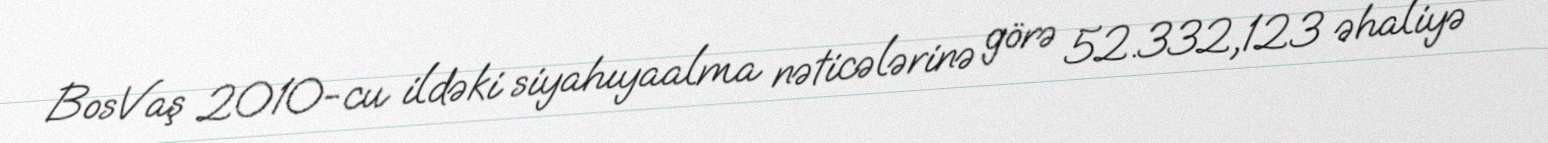
BosVaş 2010-cu ildəki siyahıyaalma nəticələrinə görə 52.332,123 əhaliyə